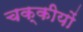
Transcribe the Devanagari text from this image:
चक्कीयों